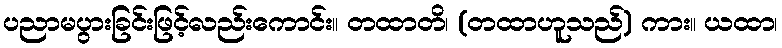
ပညာမပွားခြင်းဖြင့်လည်းကောင်း။ တထာတိ၊ (တထာဟူသည်) ကား။ ယထာ၊